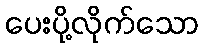
ပေးပို့လိုက်သော